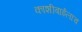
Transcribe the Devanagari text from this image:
काशीबाईलाच